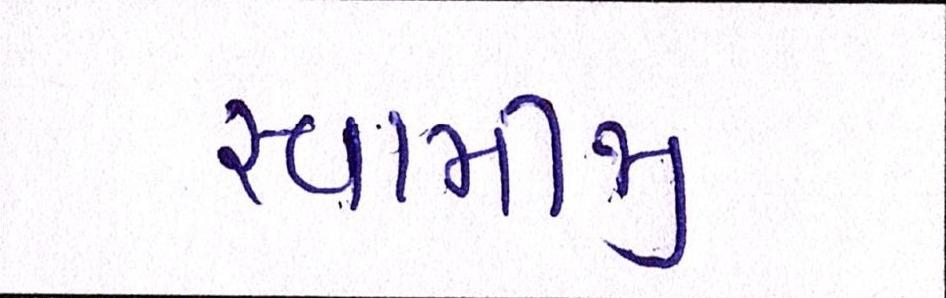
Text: સ્વામીજી